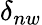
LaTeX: \delta_{nw}